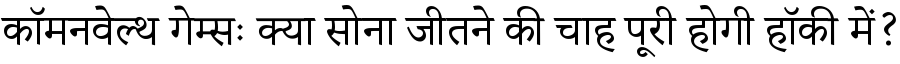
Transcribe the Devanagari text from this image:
कॉमनवेल्थ गेम्सः क्या सोना जीतने की चाह पूरी होगी हॉकी में?